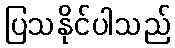
ပြသနိုင်ပါသည်